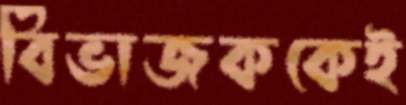
বিভাজককেই